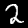
Digit: 2